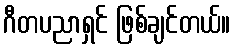
ဂီတပညာရှင် ဖြစ်ချင်တယ်။